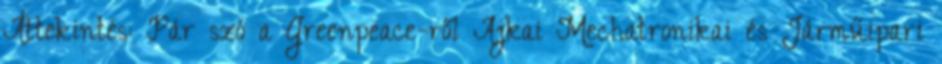
Áttekintés: Pár szó a Greenpeace-ről Ajkai Mechatronikai és Járműipari